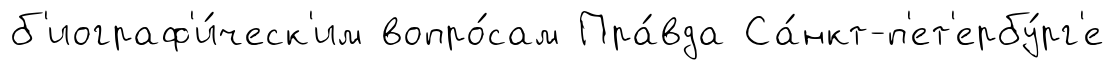
б'иограф'и́ческ'им вопро́сам Пра́вда Са́нкт-п'ет'ербу́рг'е